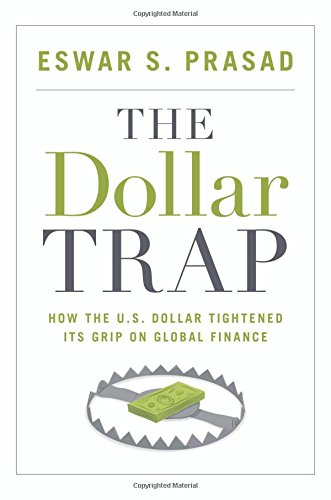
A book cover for The Dollar Trap: How the U.S. Dollar Tightened Its Grip on Global Finance; Eswar S. Prasad; Business & Money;